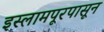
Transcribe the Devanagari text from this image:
इस्लामपूरपासून